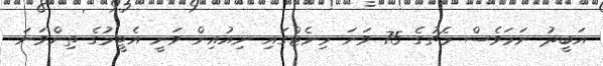
އަބީދު ނަމަވެސް މެޗުގެ 75 ވަނަ މިނެޓްގައި ނިއުއިން ވަނީ އެޓީމުގެ ތިންވަނަ